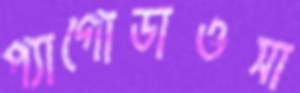
প্যাগোডাওসা